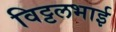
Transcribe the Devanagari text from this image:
विट्टलभाई